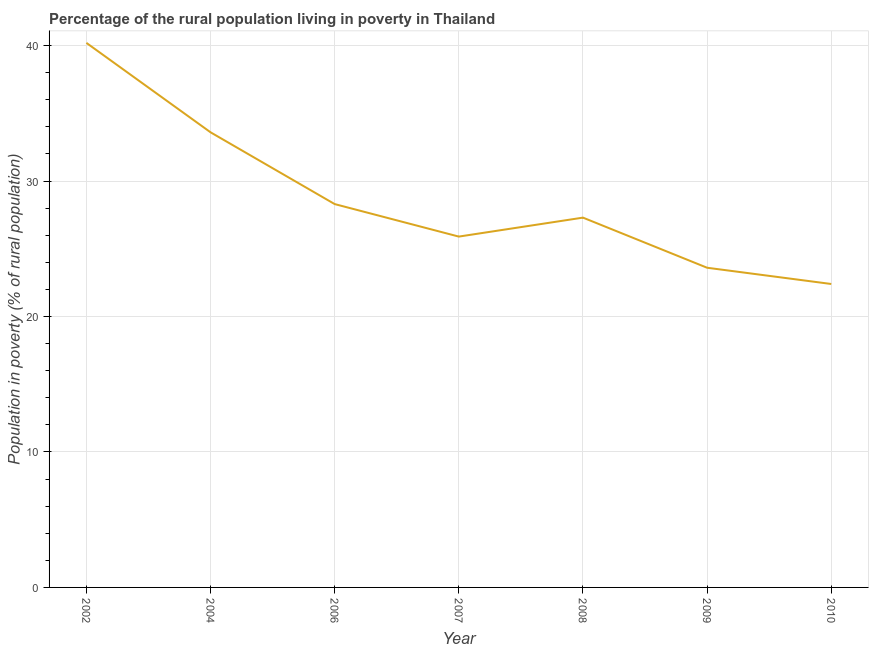
| Year | Rural poverty headcount ratio |
 | --- | --- |
 | 2002 | 40.2 |
 | 2004 | 33.6 |
 | 2006 | 28.3 |
 | 2007 | 25.9 |
 | 2008 | 27.3 |
 | 2009 | 23.6 |
 | 2010 | 22.4 |